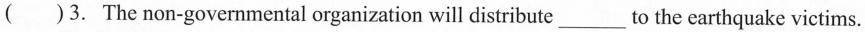
( )3. The non-governmental organization will distribute_to the earthquake victims.